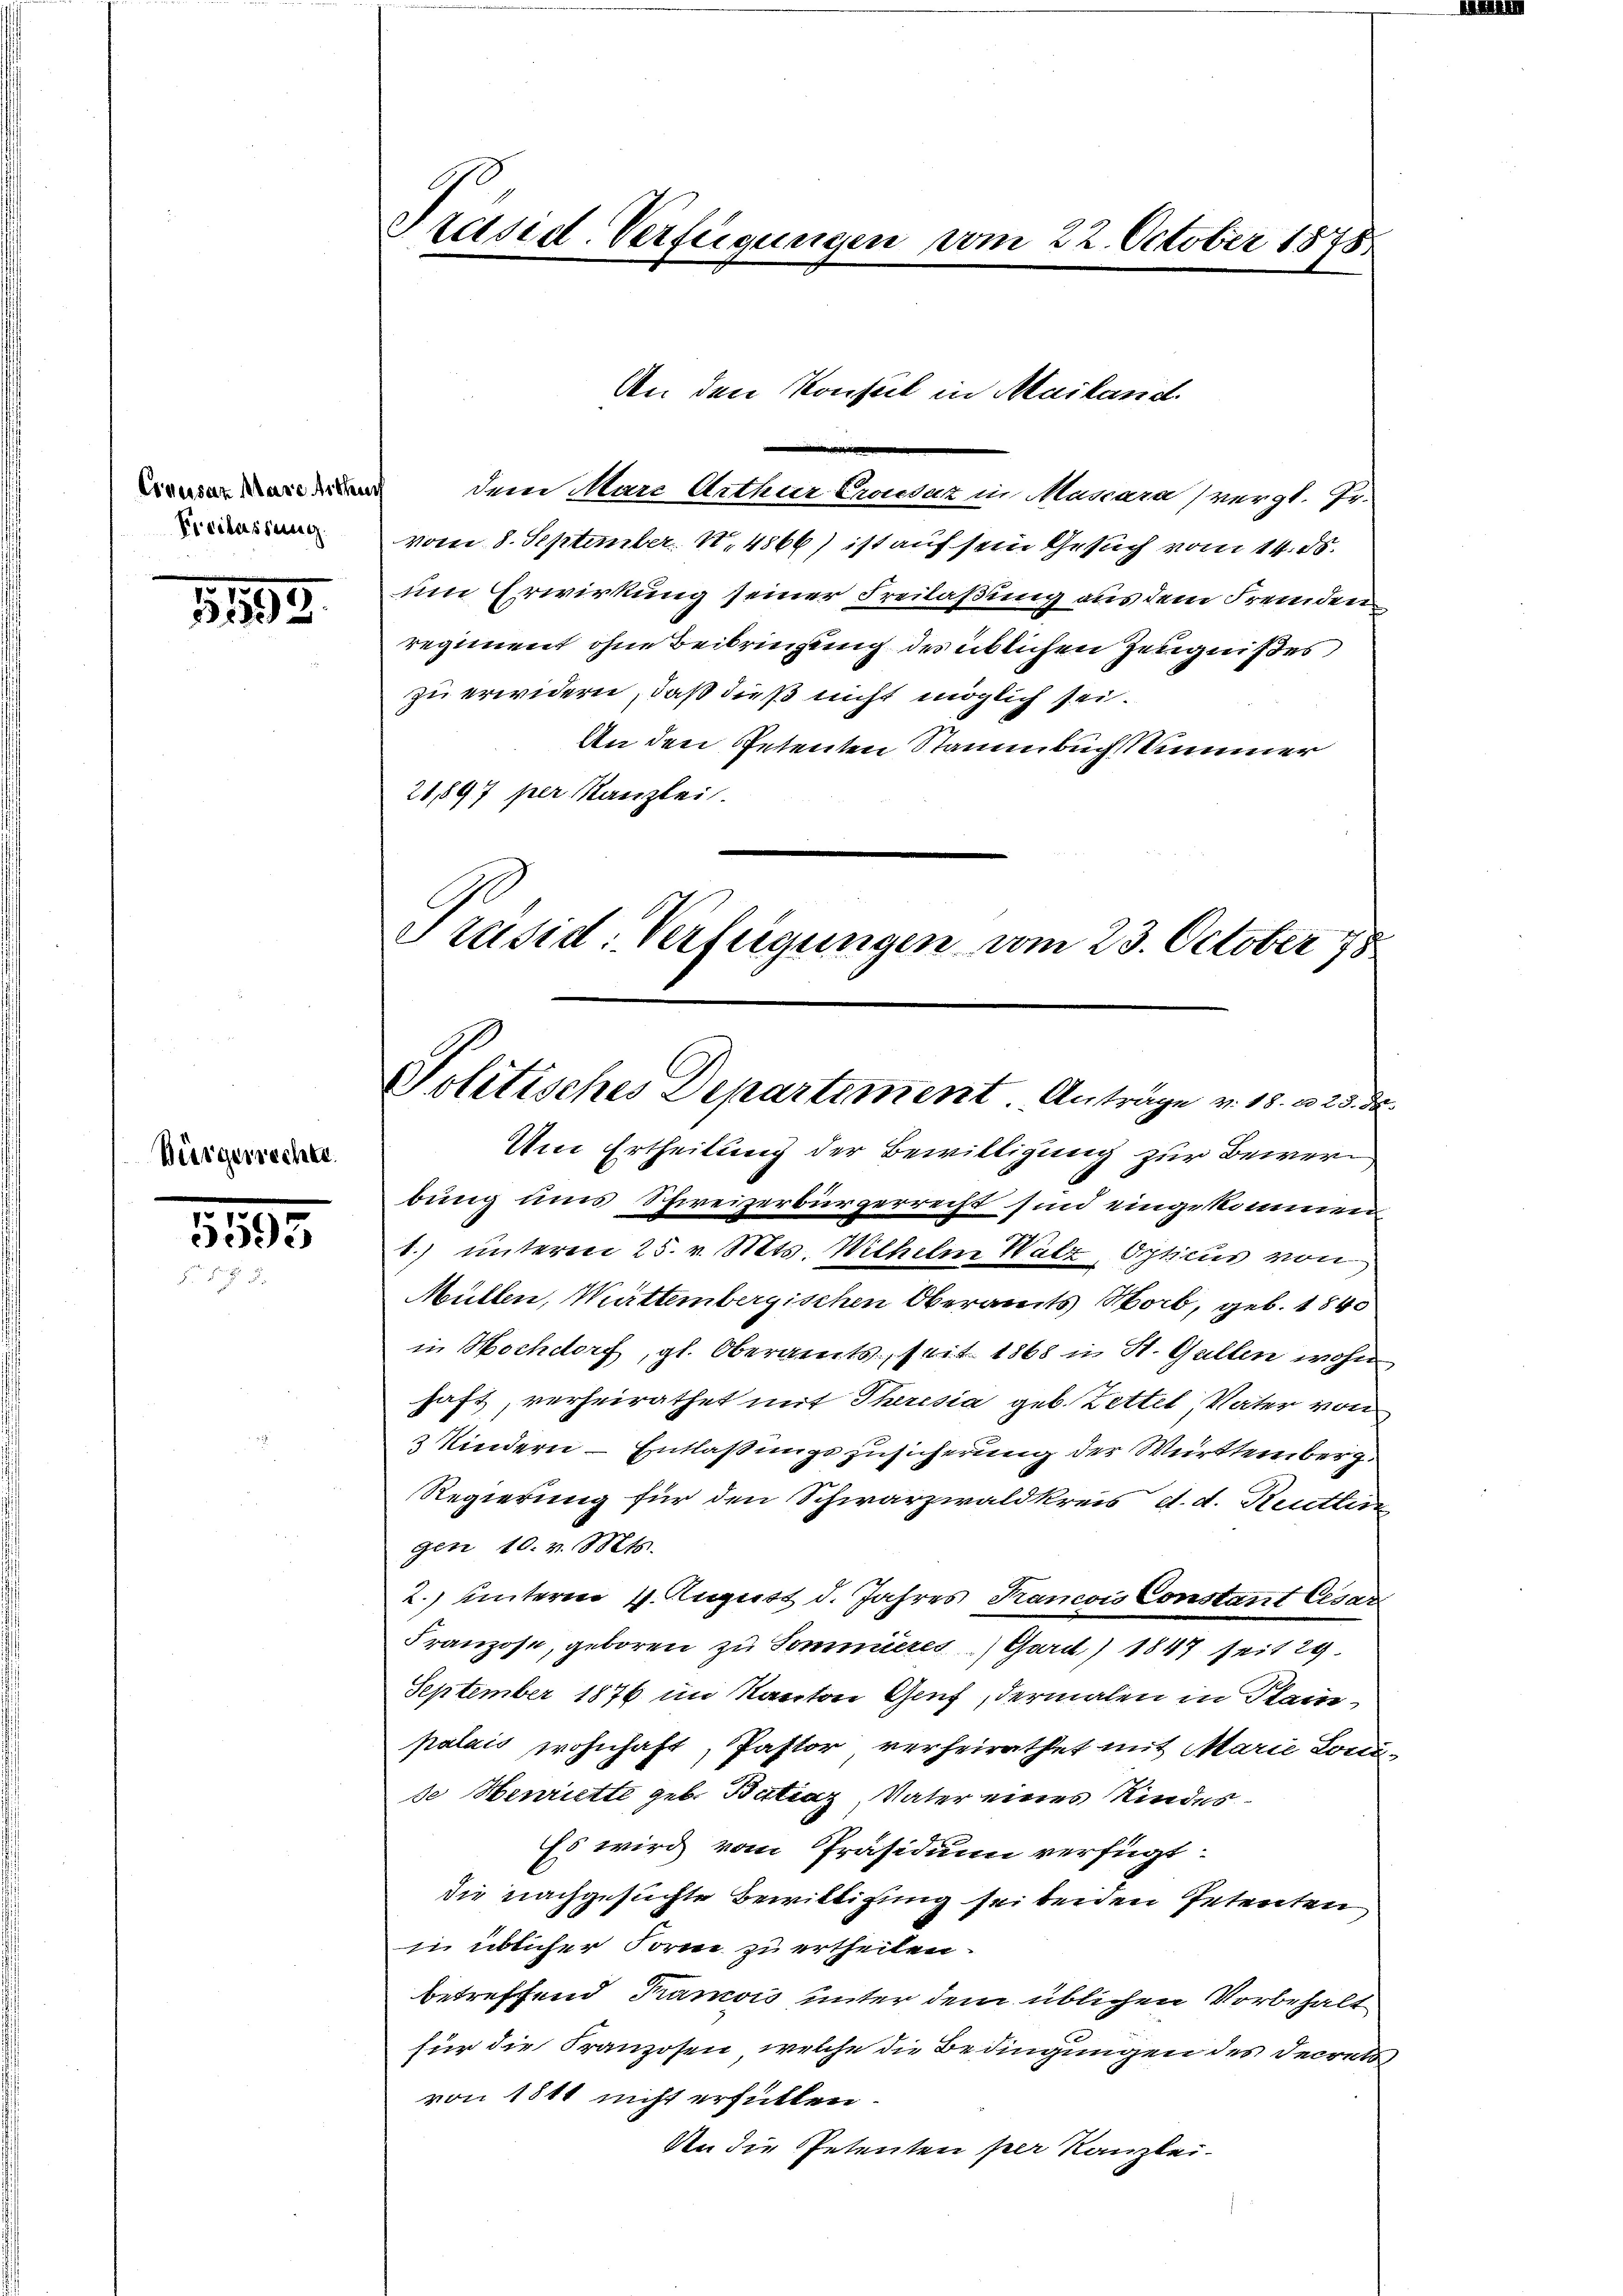
Esversatz Mase siche
Kreilassung.

1493.

Bürgerrecher

5593

Präsid-Verfügungen vom 22. October 1878

An den Konsul in Mailand

dem Mare Arthur Eroicsaz in Mascara (vergl. Er.
vom 8. September. N. 4866) ist auf sein Gesuch vom 14. ds.
um Erwirkung seiner Freilaßung aus dem Fremden
regiment ohne Beibringung des üblichen Zeugnißes
zu erwidern, daß dieß nicht möglich sei.
An den Petenten Stammbuch Summer
21,897 per Kanzlei.
Präsid. Verfügungen vom 23. October 178

Politisches Departiment. Anträge v. 18. d. 25. d.

Um Ertheilung der Bewilligung zur Bewerbung uns Schweizerbürgerrecht sind eingekommen
1.) unteren 25. v. Mts. Wilhelm Walz, Opticus von
Müllen, Württembergischen Oberamts Worb, geb. 1840
in Hochdorf, gl. Oberamts, seit 1868 in St. Gallen wohn
haft, verheirathet mit Theresia geb. Zettel, Vater von
3 Kindern - Entlassungszusicherung der Württemberg.
Regierung für den Schwarzwaldkreis d. d. Reutlin
gen 10. v. Mts.
2.) unterm 4. August d. Jahres Kancois Constant Cesari
Franzose, geboren zu Sommieres Gard) 1847 seit 29.
September 1876 im Kanton Genf, dermalen in Plain,
palais wohnhaft, Pastor verheirathet mit Marie Lonu-
se Henriette geb. Betrag, Vater eines Kindes¬
Es wird vom Präsiduum verfügt:
die nachgesuchte Bewilligung seitenen Petenten
in üblicher Forme zu ertheilen.
betreffend Tramois unter dem üblichen Vorbehalt
für die Franzosen, welche die Bedingungen des Decrets,
von 1811 nicht erfüllen.
An die Petenten per Kanzlei-